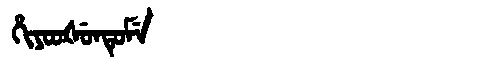
Manchu: ᡥᡳᠶᠣᠣᡧᡠᠨᡨᡠᠮᡝ
Romanization: HIYOOŠUNTUME